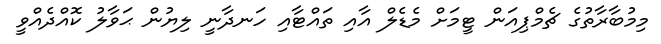
މިމުބާރާތުގެ ޗެމްޕިއަން ޓީމަށް މެޑެލް އާއި ތައްޓާއި ހަނދާނީ ލިޔުން ޙަވާލު ކޮއްދެއްވީ